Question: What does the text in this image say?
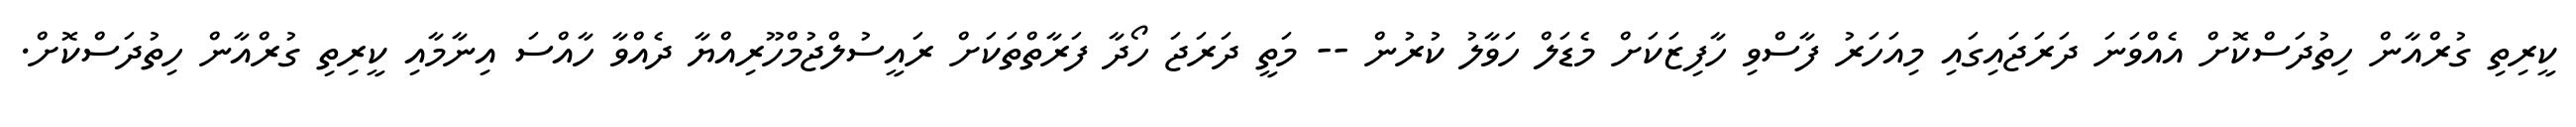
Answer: ކީރިތި ގުރްއާން ހިތުދަސްކޮށް އެއްވަނަ ދަރަޖައިގައި މިއަހަރު ފާސްވި ހާފިޒަކަށް މެޑަލް ހަވާލު ކުރުން -- މަތީ ދަރަޖަ ހޯދާ ފަރާތްތަކަށް ރައީސުލްޖުމްހޫރިއްޔާ ދެއްވާ ހާއްސަ އިނާމާއި ކީރިތި ގުރްއާން ހިތުދަސްކޮށް.